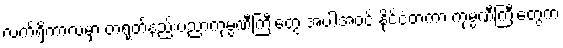
လက်ရှိကာလမှာ တရုတ်နည်းပညာကုမ္ပဏီကြီးတွေ အပါအဝင် နိုင်ငံတကာ ကုမ္ပဏီကြီးတွေက